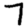
Digit: 7